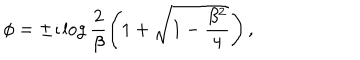
\phi = \pm \imath \log \frac { 2 } { \beta } \left( 1 + \sqrt { 1 - \frac { \beta ^ { 2 } } { 4 } } \right) ,